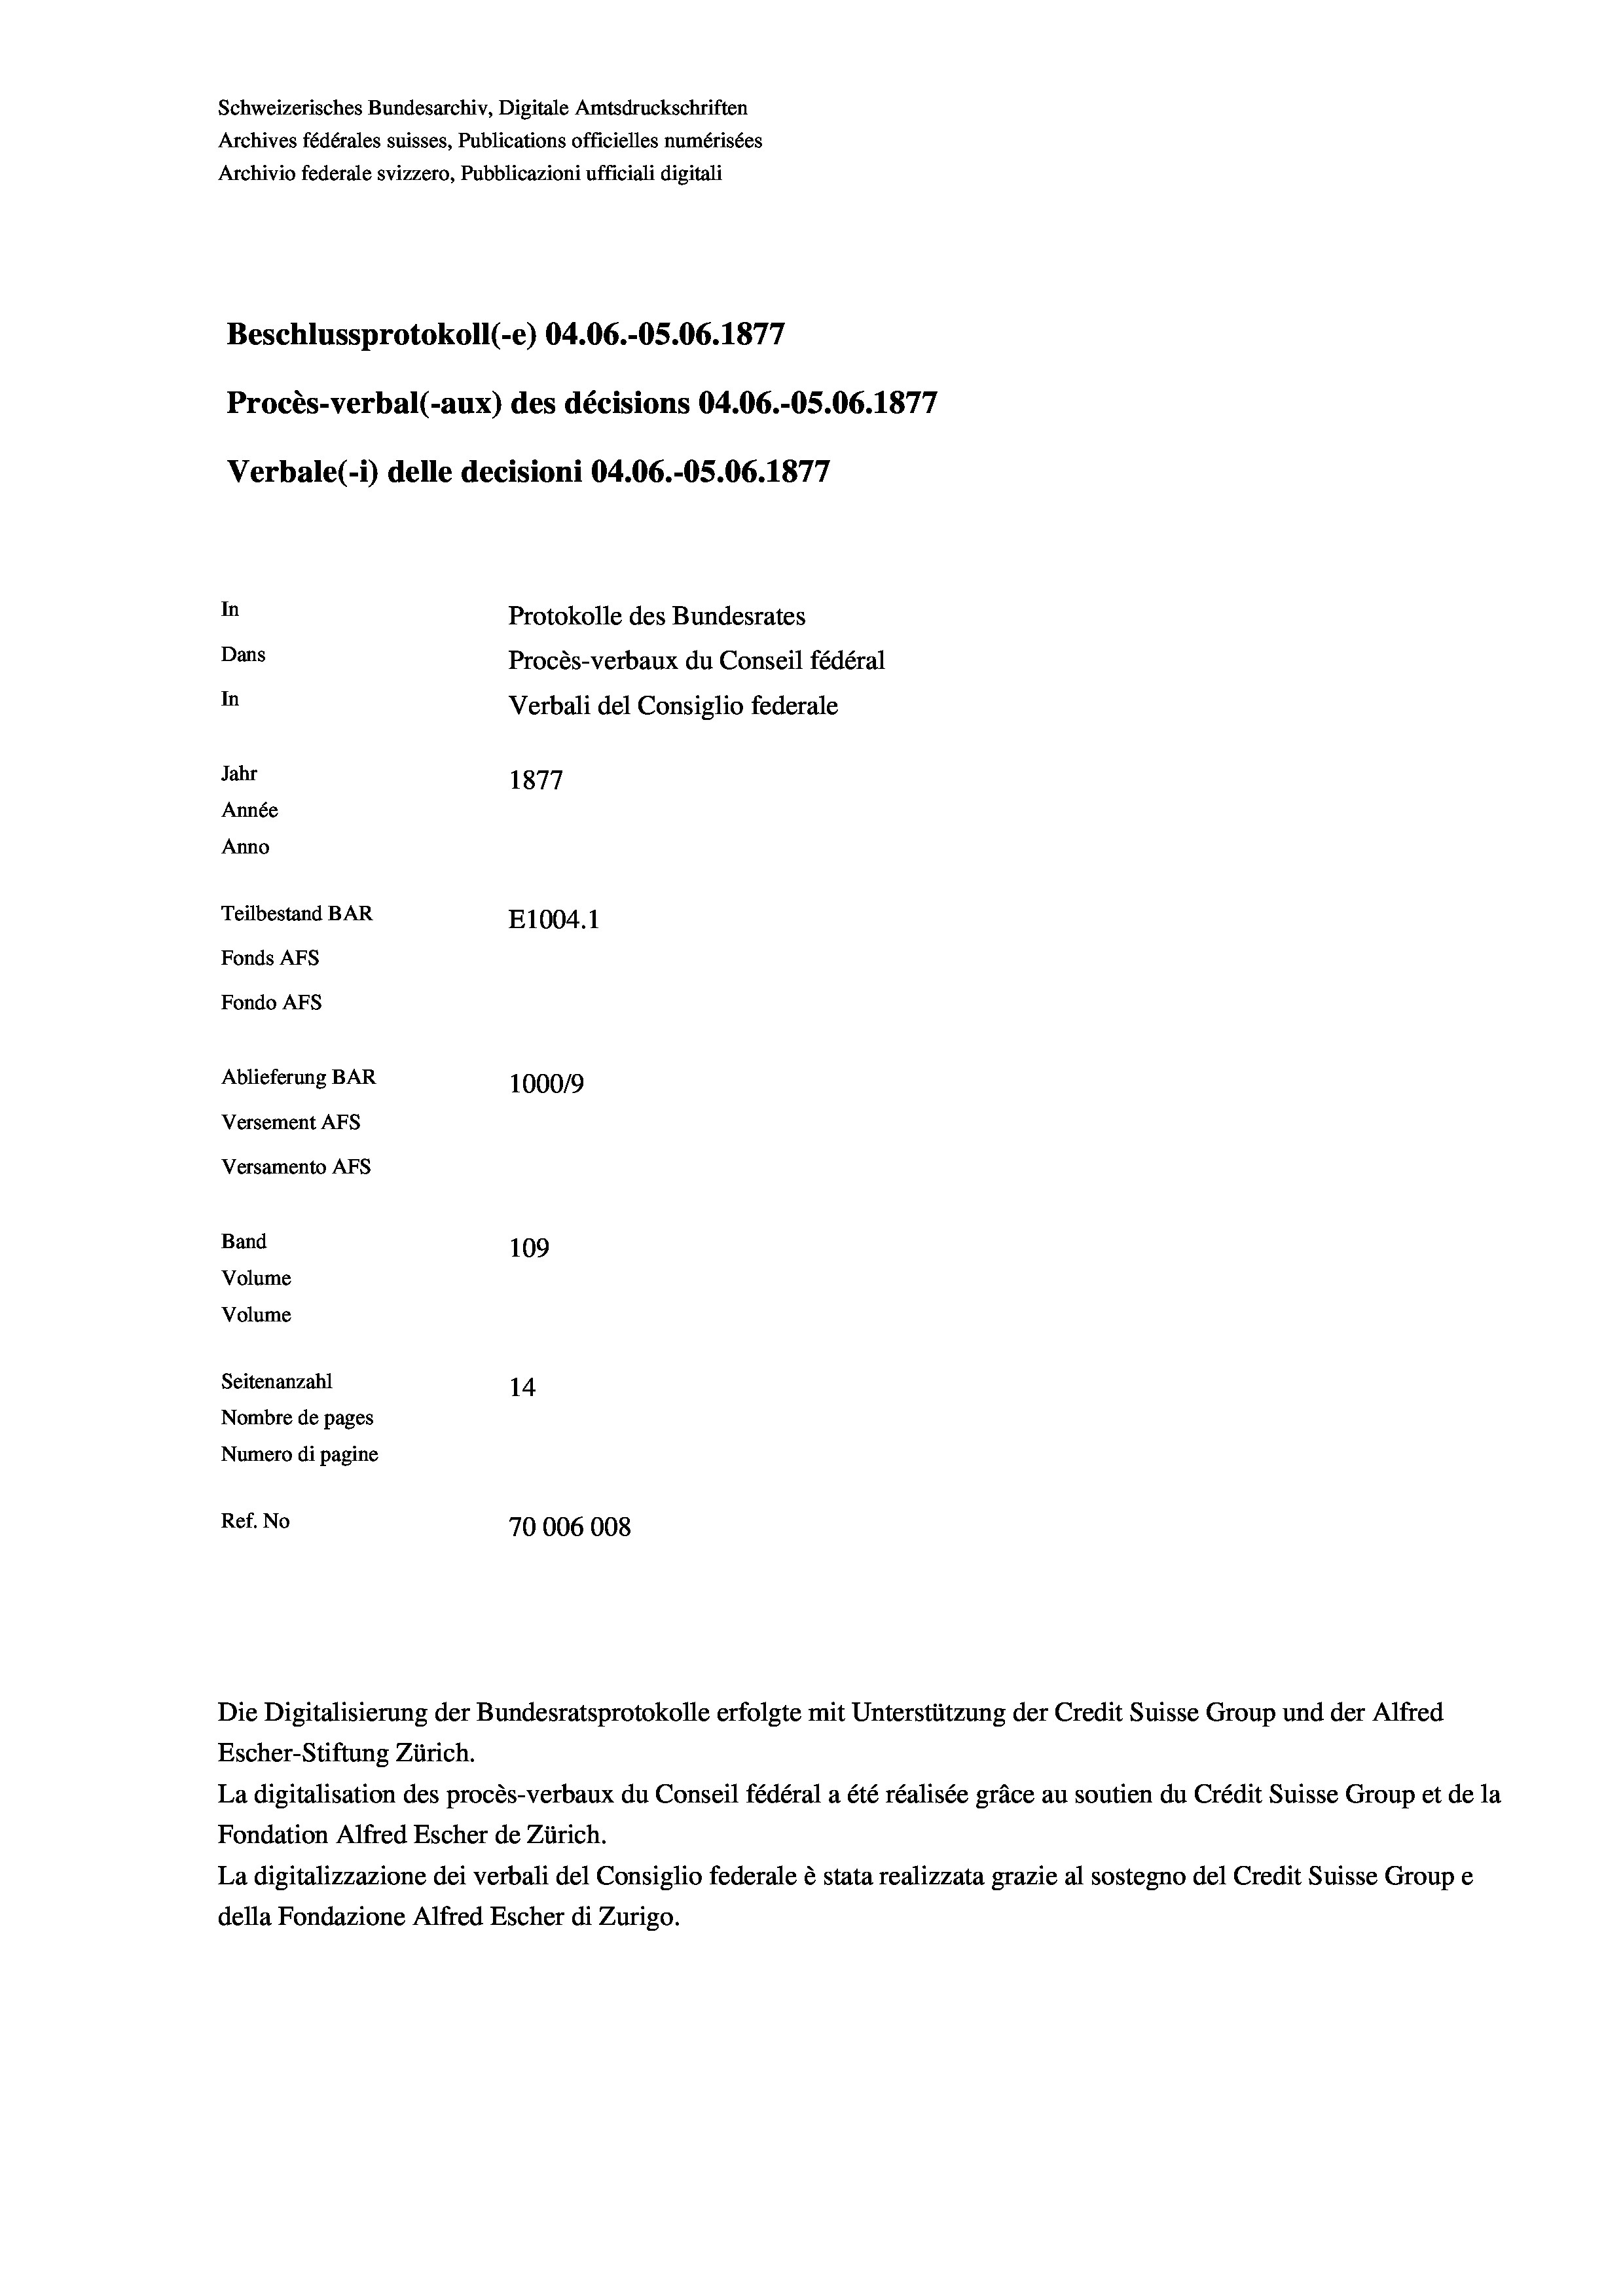
Schweizerisches Bundesarchiv, Digitale Amtsdruckschriften
Archives fédérales suisses, Publications officielles numérisées
Archivio federale svizzero, Pubblicazioni ufficiali digitali
Beschlussprotokoll (-e) 04.06.-OS.06. 1877
Procès-verbal (-aux) des décisions 04.06.-OS.06. 1877
Verbale (- 1) delle decisioni 04.06.-OS.06. 1877
In
Protokolle des Bundesrates
Dans
Procès-verbaux du Conseil fédéral
In
Verbali del Consiglio federale
Jahr
1877
Année
Anno
Teilbestand BAR
E1004.1
Fonds AFs
Fondo Afs
Ablieferung BAR
100019
Versement AFs
Versamento AFs
Band
109
Volume
Volume
Seitenanzahl
14
Nombre de pages
Numero di pagine
Ref. No
70006008

Die Digitalisierung der Bundesratsprotokolle erfolgte mit Unterstützung der Credit Suisse Group und der Alfred
Escher-Stiftung Zürich.
La digitalisation des procès-verbaux du Conseil fédéral a été réalisée gräce au soutien du Crédit Suisse Group et de la
Fondation Alfred Escher de Zürich.
La digitalizzazione dei verbali del Consiglio federale è stata realizzata grazie al sostegno del Credit Suisse Groupe
della Fondazione Alfred Escher di Zurigo.